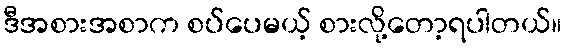
ဒီအစားအစာက စပ်ပေမယ့် စားလို့တော့ရပါတယ်။